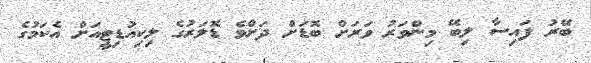
ބޭރު ފައިސާ ލިބޭ މިންވަރު ވަރަށް ބޮޑަށް ދަށްވެ ޑޮލަރުގެ ލިކިއުޑިޓީއަށް އެކަމުގެ